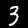
Label: 3